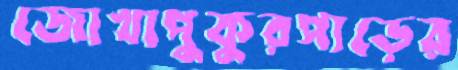
জোখাপুকুরপাড়ের